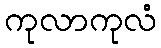
ကုလာကုလံ